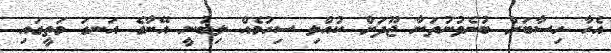
އެހާ ހިސާބަށް ބުނެވުނުތަނާ ޖޫދަށް ކުއްލި ސިހުމެއް ލިބުނީ އޭނާގެ އަނގަ މަތީގައި